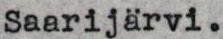
Saarijärvi.